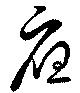
応